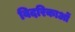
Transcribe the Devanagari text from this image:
विदरिकाओं